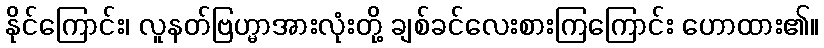
နိုင်ကြောင်း၊ လူနတ်ဗြဟ္မာအားလုံးတို့ ချစ်ခင်လေးစားကြကြောင်း ဟောထား၏။